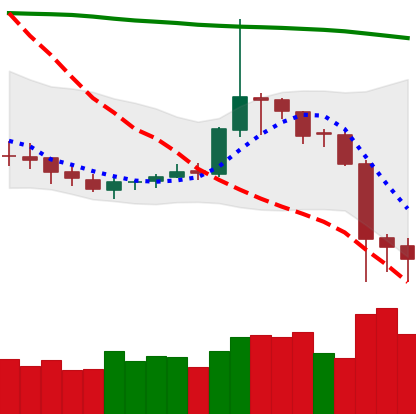
Ticker: DOGE-USD
Chart end date: 2019-09-26
Forward return: 10.812%
Label: up_7plus